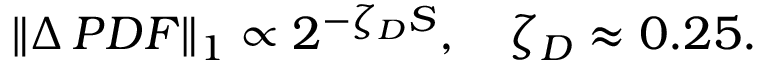
\| \Delta \, P D F \| _ { 1 } \propto 2 ^ { - \zeta _ { D } S } , \quad \zeta _ { D } \approx 0 . 2 5 .